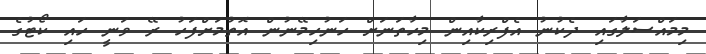
މިމައްސަލާގައި ދެކުނު އެފްރިކާއިން މިހާތަނަށް ހަނުހިމޭނުން އޮތުމަށްފަހު ރޭ ވަނީ ހައި ކޯޓުގެ